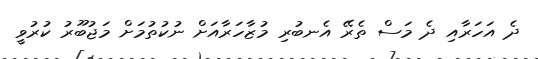
ދެ އަހަރާއި ދެ މަސް ތެރޭ އެނބުރި މުޒާހަރާއަށް ނުކުތުމަށް މަޖުބޫރު ކުރުވީ